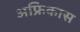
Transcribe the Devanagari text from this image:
अफ्रिकास